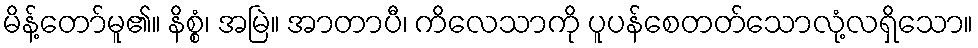
မိန့်တော်မူ၏။ နိစ္စံ၊ အမြဲ။ အာတာပီ၊ ကိလေသာကို ပူပန်စေတတ်သောလုံ့လရှိသော။